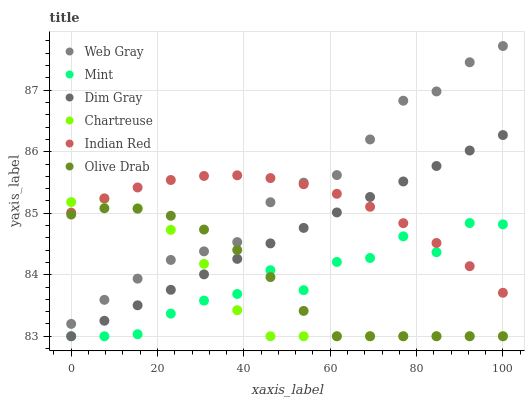
| xaxis_label | Web Gray | Mint | Dim Gray | Chartreuse | Indian Red | Olive Drab |
 | --- | --- | --- | --- | --- | --- | --- |
 | 0 | 83.2 | 83 | 83 | 85.2 | 85 | 85 |
 | 7.69 | 83.6 | 83 | 83.3 | 85.2 | 85.2 | 85.1 |
 | 15.4 | 83.9 | 83 | 83.5 | 85.1 | 85.4 | 85.1 |
 | 23.1 | 84.2 | 83.4 | 83.8 | 84.7 | 85.5 | 85 |
 | 30.8 | 84.4 | 83.6 | 84 | 84.2 | 85.6 | 84.7 |
 | 38.5 | 84.5 | 83.7 | 84.3 | 83.4 | 85.6 | 84.4 |
 | 46.2 | 85.2 | 84.1 | 84.5 | 83 | 85.6 | 84 |
 | 53.8 | 85.5 | 83.7 | 84.8 | 83 | 85.5 | 83.4 |
 | 61.5 | 85.6 | 84.2 | 85 | 83 | 85.3 | 83 |
 | 69.2 | 86.2 | 84.3 | 85.3 | 83 | 85.1 | 83 |
 | 76.9 | 86.8 | 84.6 | 85.5 | 83 | 84.8 | 83 |
 | 84.6 | 87 | 84.4 | 85.8 | 83 | 84.5 | 83 |
 | 92.3 | 87.5 | 84.8 | 86 | 83 | 84.1 | 83 |
 | 100 | 87.7 | 84.8 | 86.3 | 83 | 83.7 | 83 |